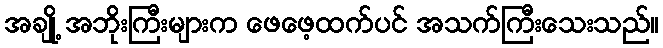
အချို့ အဘိုးကြီးများက ဖေဖေ့ထက်ပင် အသက်ကြီးသေးသည်။